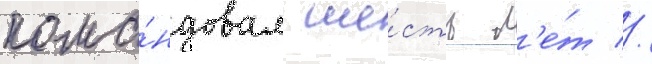
кома́ндовал ше́сть л'е́т //